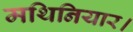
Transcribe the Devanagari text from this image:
मथिनियार।